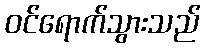
ဝင်ရောက်သွားသည်